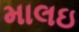
માલઇ